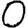
Digit: 0